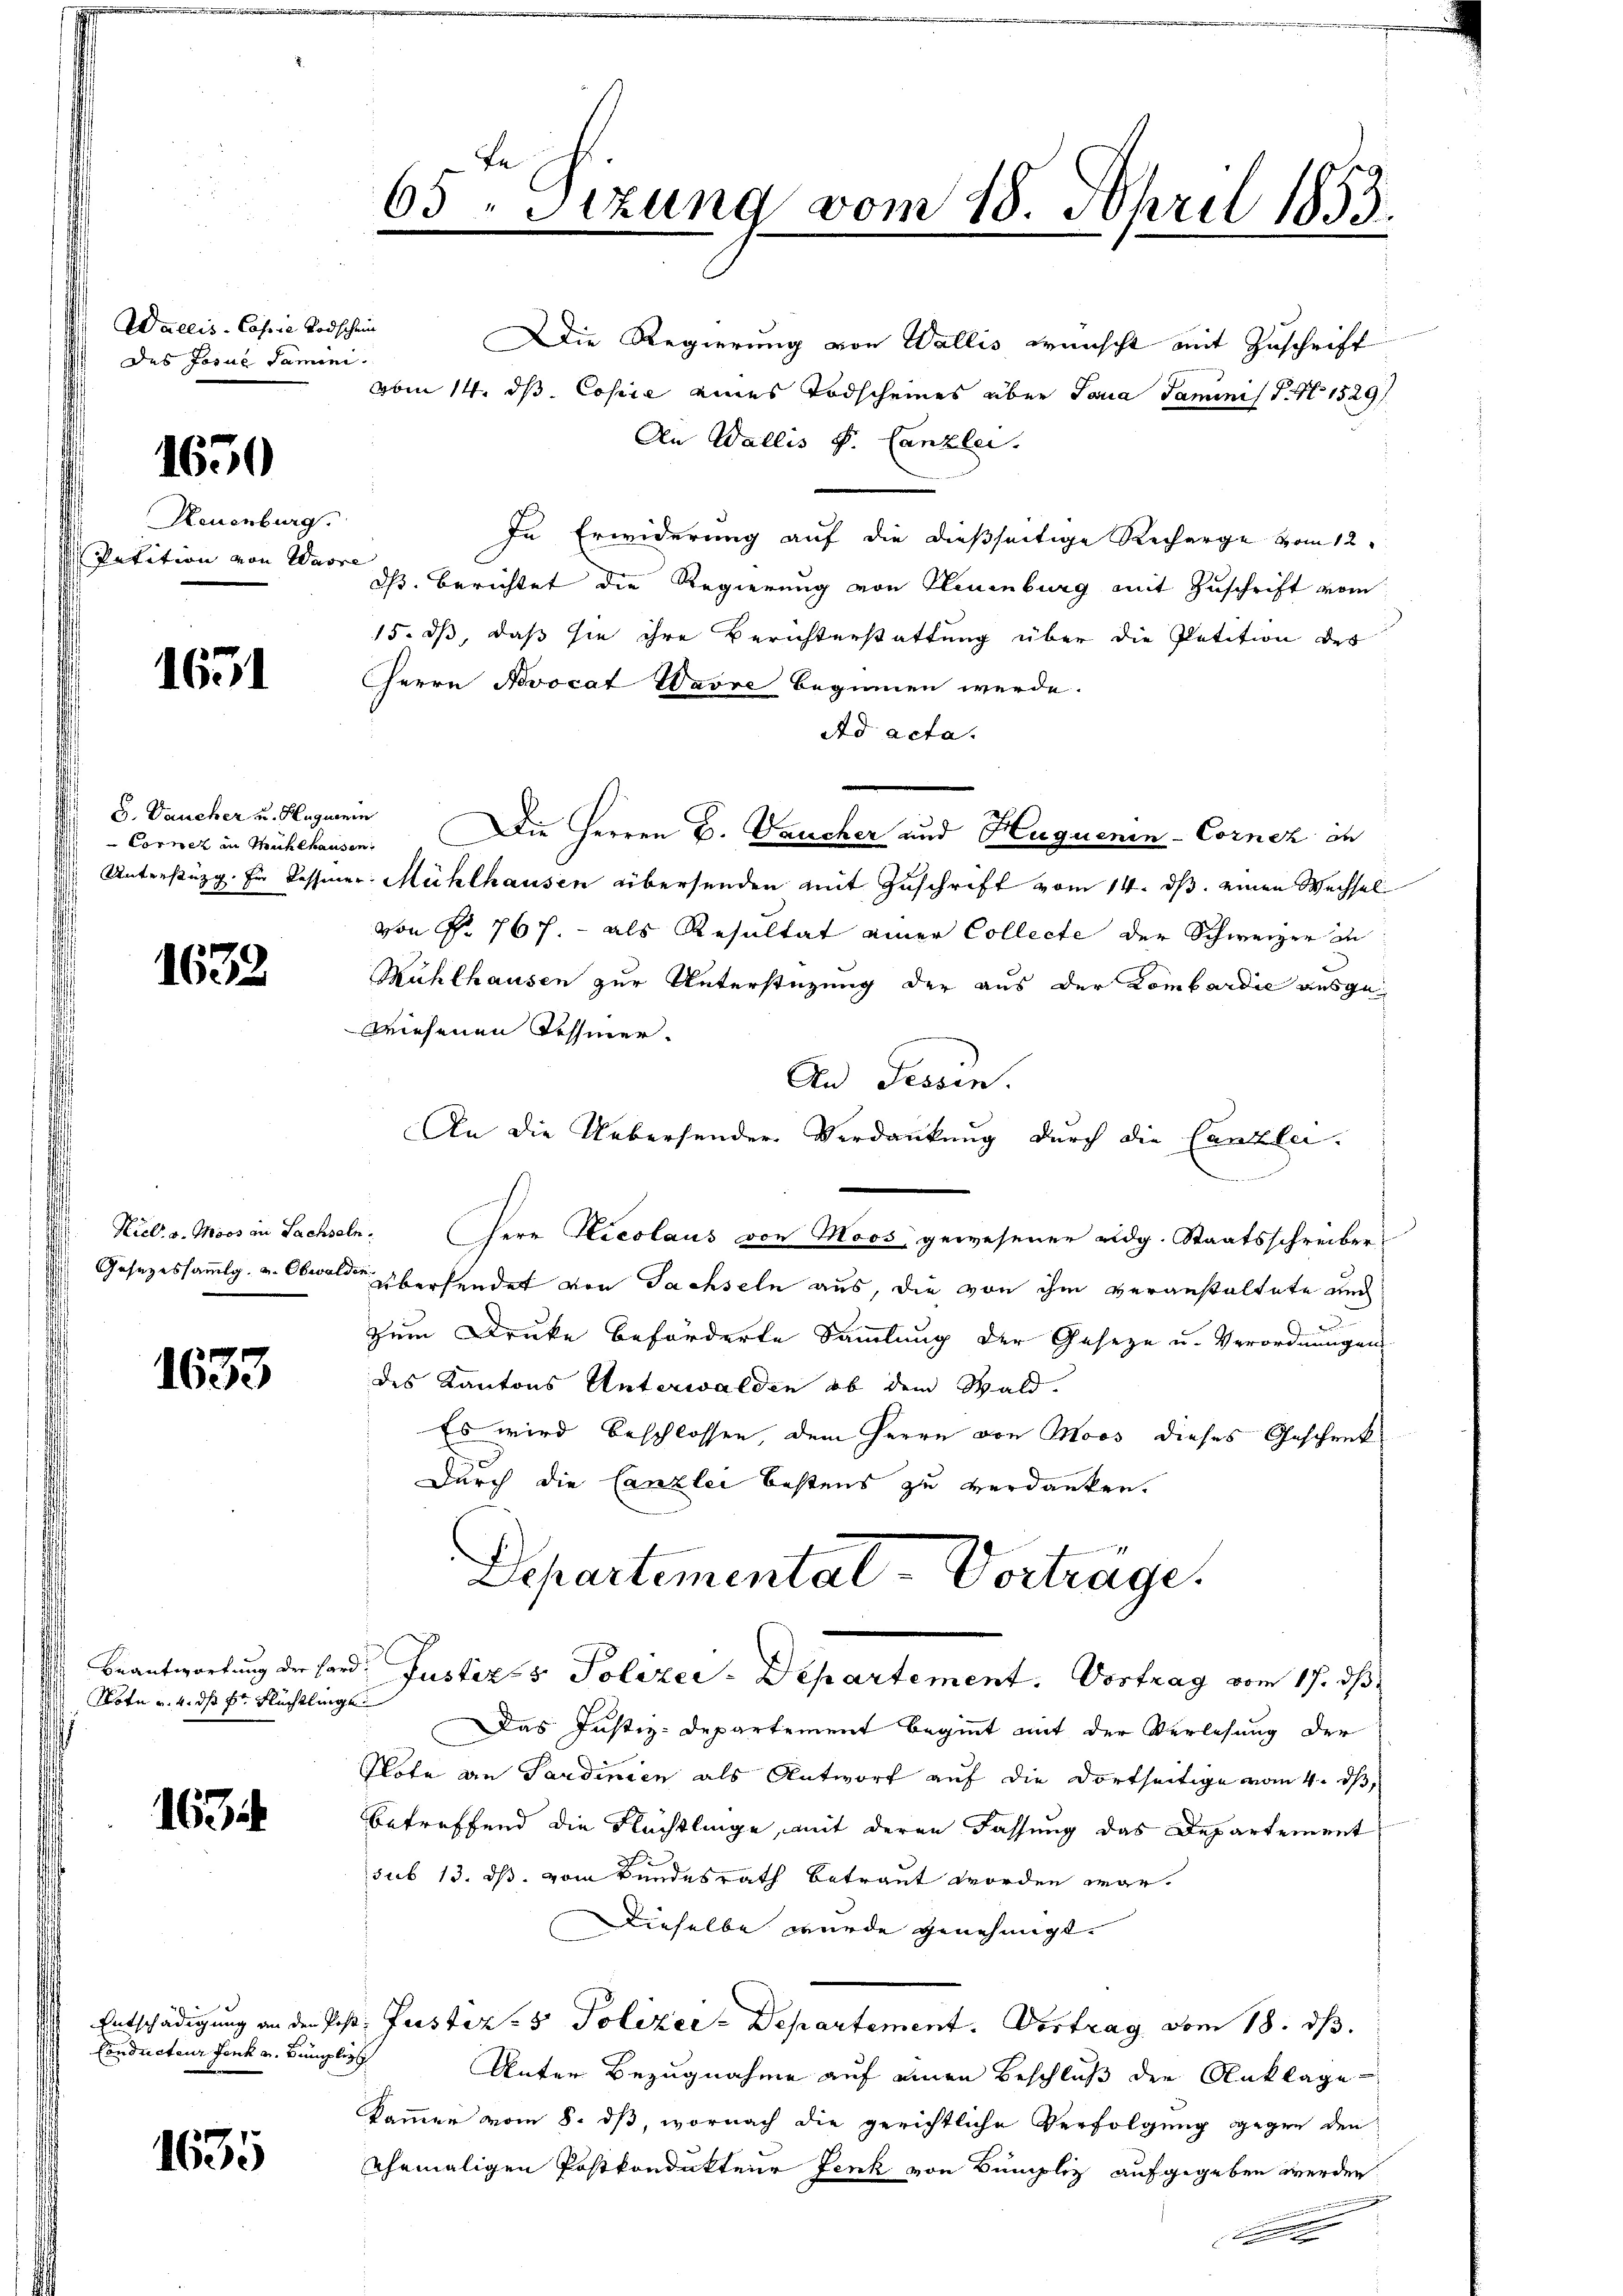
Wallis - Copie Todschein
Des Josue damini.

1650

Neuenburg.
Petition von Warre

1651

B. Baucher u. Huguenin

1632

1633

Note v. 4. dh Pr. Flüchtlinge

163

Conducteur Fenk u. Bünzlich

1635

65ten Sizung vom 18. April 1853.

Die Regierung von Wallis wünscht mit Zuschrift
vom 14. ds. Copie eines Todscheines über Toria Saminist. No 1529 f.
An Wallis S. Canzlei.
In Erwiderung auf die dießseitige Recharge vom 12.
dß Berichtet die Regierung von Neuenburg mit Zuschrift vom
15. ds, daß sie ihre Berichterstattung über die Petition des
Herrn Novocat Warre beginnen werde.
Ad acta.
Cornez in Mühlhausen. Die Herren B. aucher und Huquenin-Cornez in
Unterstüzg. Er dessener Mühlhausen übersenden mit Zuschrift vom 14. ds. einen Wechsel
von Fr. 767. - als Resultat einer Collecte der Schweizer in
Mühlhausen zur Unterstüzung der aus der Lombardie ausgewiesenen Tessiner.
An Tessin.
An die Uebersender Verdankung durch die Canzlei-
Kiel. v. Moos in Sachseln. Herr Hicolaus von Moos, gewesener eidg. Staatsschreiber
Gesetzessammlg. u. Obwalde übersendet von Sachseln aus, die von ihm veranstaltete auch
zum Drucke beförderte Sammlung der Geseze u. Verordnungen
des Kantons Unterwalden, ob dem Wald.
Es wird beschlossen, dem Herrn von Moos dieses Geschenk¬
Durch die Canzlei bestens zu verdanken.
Departemental-Vorträge.
Beantwortung der Hard. Justiz- & Polizei - Departement. Vortrag vom 17. ds
Das Justiz-Departement beginnt mit der Verlesung der
Note an Sardinien als Antwort auf die dortseitige vom 4. ds
betreffend die Flüchtlinge, mit deren Fassung das Departement
sub 13. ds. vom Bundesrath betraut worden war.
Dieselbe wurde genehmigt. |
Entschädigung an den Post. Justiz- & Polizei-Departement. Vortrag vom 18. ds.
Unter Bezugnahme auf einen Beschluß der Anklage
kammer vom 8. dß, wornach die gerichtliche Verfolgung gegen den
Uhemaligen Postkondukteur Fenk von Bumpliz aufgegeben werden

A